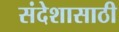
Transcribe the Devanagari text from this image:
संदेशासाठी